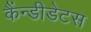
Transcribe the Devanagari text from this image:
कैंन्डीडेटस